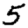
Digit: 5